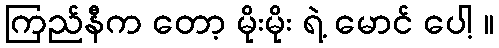
ကြည်နီက တော့ မိုးမိုး ရဲ့ မောင် ပေါ့ ။